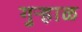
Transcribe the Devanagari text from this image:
गुऱ्हाळ